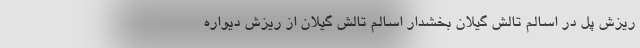
ریزش پل در اسالم تالش گیلان بخشدار اسالم تالش گیلان از ریزش دیواره